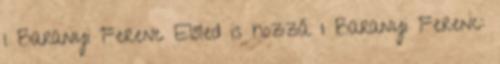
1 Baranyi Ferenc Előled is hozzá 1 Baranyi Ferenc: